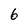
Character: 6